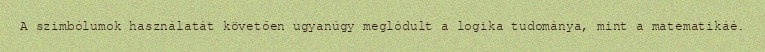
A szimbólumok használatát követően ugyanúgy meglódult a logika tudománya, mint a matematikáé.